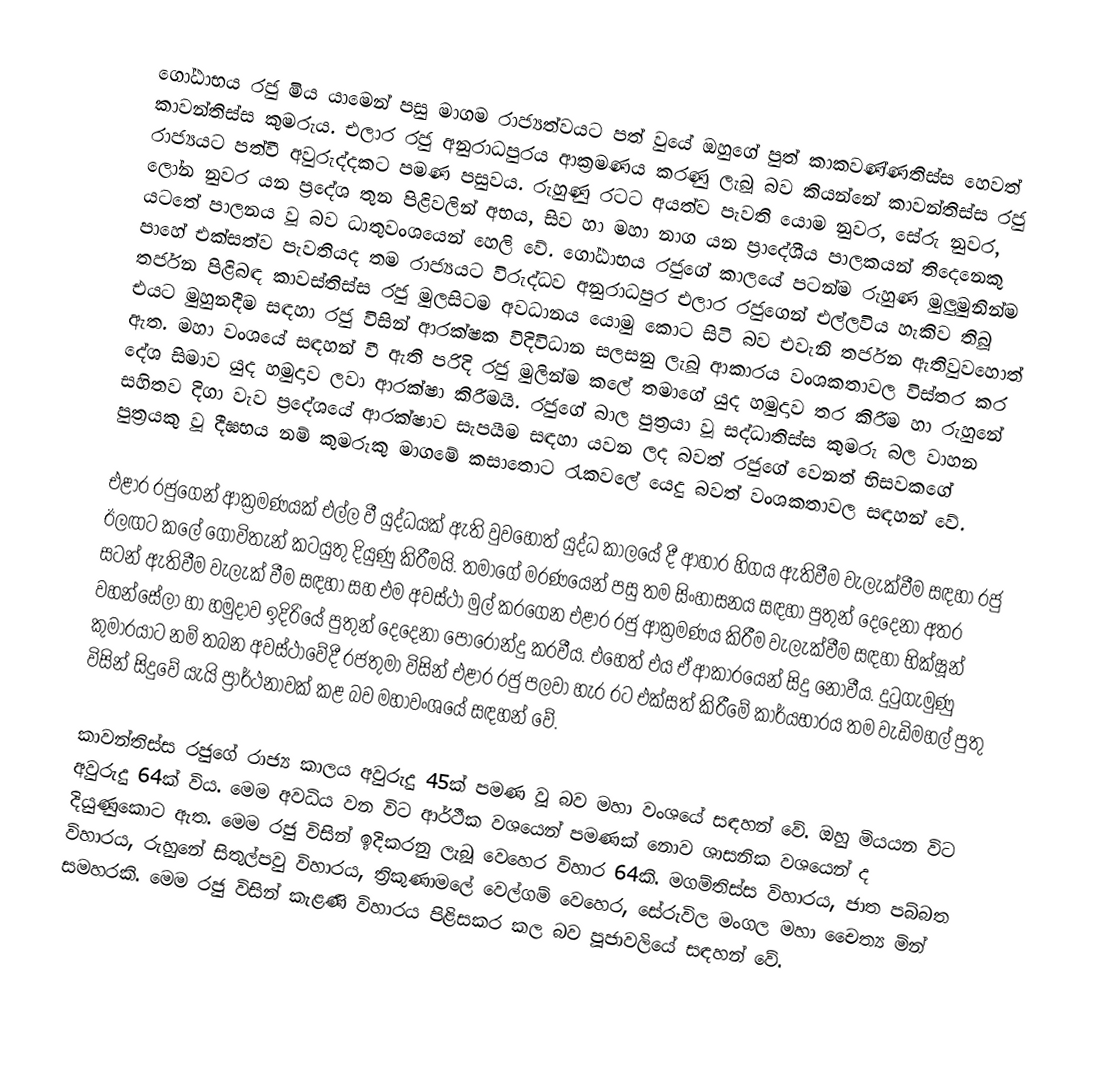
ගෝඨාභය රජු මිය යාමෙන් පසු මාගම රාජ්‍යත්වයට පත් වුයේ ඔහුගේ පුත් කාකවණ්ණතිස්ස හෙවත් කාවන්තිස්ස කුමරුය. එලාර රජු අනුරාධපුරය ආක්‍රමණය කරණු ලැබූ බව කියන්නේ කාවන්තිස්ස රජු රාජ්‍යයට පත්වී අවුරුද්දකට පමණ පසුවය. රුහුණු රටට අයත්ව පැවති යොම නුවර, සේරු නුවර, ලෝන නුවර යන ප්‍රදේශ තුන පිළිවලින් අභය, සිව හා මහා නාග යන ප්‍රාදේශීය පාලකයන් තිදෙනෙකු යටතේ පාලනය වූ බව ධාතුවංශයෙන් හෙලි වේ. ගෝඨාභය රජුගේ කාලයේ පටන්ම රුහුණ මුලුමුනින්ම පාහේ එක්සත්ව පැවතියද තම රාජ්‍යයට විරුද්ධව අනුරාධපුර එලාර රජුගෙන් එල්ලවිය හැකිව තිබූ තර්ජන පිළිබඳ කාවස්තිස්ස රජු මුලසිටම අවධානය යොමු කොට සිටි බව එවැනි තර්ජන ඇතිවුවහොත් එයට මුහුනදීම සඳහා රජු විසින් ආරක්ෂක විදිවිධාන සලසනු ලැබූ ආකාරය වංශකතාවල විස්තර කර ඇත. මහා වංශයේ සඳහන් වී ඇති පරිදි රජු මුලින්ම කලේ තමාගේ යුද හමුදාව තර කිරීම හා රුහුනේ දේශ සිමාව යුද හමුදාව ලවා ආරක්ෂා කිරීමයි. රජුගේ බාල පුත්‍රයා වූ සද්ධාතිස්ස කුමරු බල වාහන සහිතව දිගා වැව ප්‍රදේශයේ ආරක්ෂාව සැපයීම සඳහා යවන ලද බවත් රජුගේ වෙනත් භිසවකගේ පුත්‍රයකු වූ දීඝභය නම් කුමරුකු මාගමේ කසාතොට රැකවලේ යෙදු බවත් වංශකතාවල සඳහන් වේ.

එළාර රජුගෙන් ආක්‍රමණයක් එල්ල වී යුද්ධයක් ඇති වුවහොත් යුද්ධ කාලයේ දී ආහාර හිගය ඇතිවීම වැලැක්වීම සඳහා රජු ඊලඟට කලේ ගොවිතැන් කටයුතු දියුණු කිරීමයි. තමාගේ මරණයෙන් පසු තම සිංහාසනය සඳහා පුතුන් දෙදෙනා අතර සටන් ඇතිවීම වැලැක් වීම සඳහා සහ එම අවස්ථා මුල් කරගෙන එළාර රජු ආක්‍රමණය කිරීම වැලැක්වීම සඳහා භික්ෂූන් වහන්සේලා හා හමුදාව ඉදිරියේ පුතුන් දෙදෙනා පොරොන්දු කරවීය. එහෙත් එය ඒ ආකාරයෙන් සිදු නොවීය. දුටුගැමුණු කුමාරයාට නම් තබන අවස්ථාවේදී රජතුමා විසින් එළාර රජු පලවා හැර රට එක්සත් කිරීමේ කාර්යභාරය තම වැඩිමහල් පුතු විසින් සිදුවේ යැයි ප්‍රාර්ථනාවක් කළ බව මහාවංශයේ සඳහන් වේ.

කාවන්තිස්ස රජුගේ රාජ්‍ය කාලය අවුරුදු 45ක් පමණ වූ බව මහා වංශයේ සඳහන් වේ. ඔහු මියයන විට අවුරුදු 64ක් විය. මෙම අවධිය වන විට ආර්ථීක වශයෙන් පමණක් නොව ශාසනික වශයෙන් ද දියුණුකොට ඇත.  මෙම රජු විසින් ඉදිකරනු ලැබූ වෙහෙර විහාර 64කි. මගම්තිස්ස විහාරය, ජාත පබ්බත විහාරය, රුහුනේ සිතුල්පවු විහාරය, ත්‍රිකුණාමලේ වෙල්ගම් වෙහෙර, සේරුවිල මංගල මහා චෛත්‍ය මින් සමහරකි. මෙම රජු විසින් කැළණි විහාරය පිළිසකර කල බව පූජාවලියේ සඳහන් වේ.